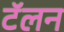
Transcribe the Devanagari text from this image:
टॅलन